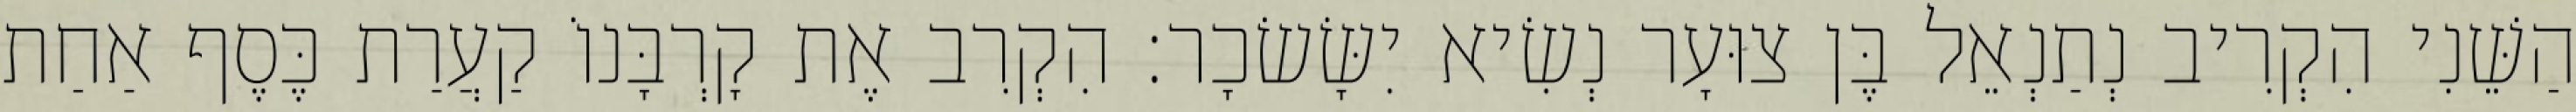
הַשֵּׁנִי הִקְרִיב נְתַנְאֵל בֶּן צוּעָר נְשִׂיא יִשָּׂשׂכָר׃ הִקְרִב אֶת קָרְבָּנוֹ קַעֲרַת כֶּסֶף אַחַת